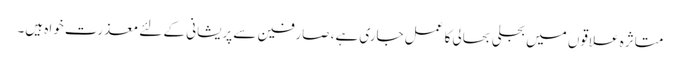
متاثرہ علاقوں میں بجلی بحالی کا عمل جاری ہے، صارفین سے پریشانی کے لئے معذرت خواہ ہیں۔